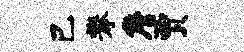
己攀詹贾